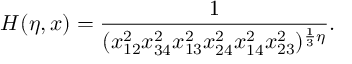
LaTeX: H ( \eta , x ) = \frac { 1 } { ( x _ { 1 2 } ^ { 2 } x _ { 3 4 } ^ { 2 } x _ { 1 3 } ^ { 2 } x _ { 2 4 } ^ { 2 } x _ { 1 4 } ^ { 2 } x _ { 2 3 } ^ { 2 } ) ^ { \frac { 1 } { 3 } \eta } } .